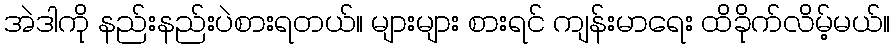
အဲဒါကို နည်းနည်းပဲစားရတယ်။ များများ စားရင် ကျန်းမာရေး ထိခိုက်လိမ့်မယ်။